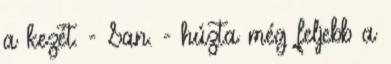
a kezét. - San. - húzta még feljebb a